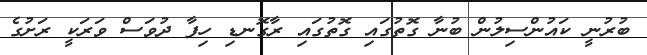
ބުރުނީ ކަައުންސިލުން ބުނާ ގޮތުގައި ގޮތުގައި ރާގޮނޑި ހިފާ ދުވަސް ވަރަކީ ރަށުގެ